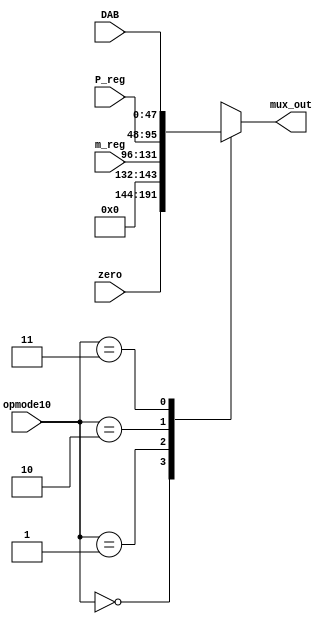
module mux_x (
	input [1:0] opmode10,
	input [47:0] DAB,
	input [47:0] P_reg,
	input [35:0] m_reg,
	input [47:0] zero,
	output reg [47:0] mux_out);

    always @(*) 
      case(opmode10)
        0: mux_out=zero;
        1: mux_out={12'b0, m_reg};
        2: mux_out=P_reg;
        3: mux_out=DAB;
      endcase
endmodule